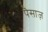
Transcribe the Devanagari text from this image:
पैसाज़